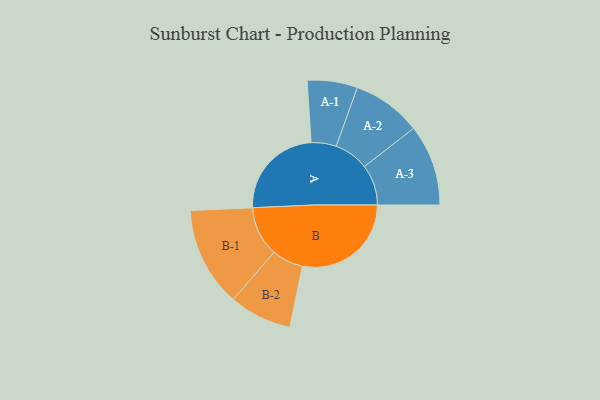
{"axis": {"x": "Segment", "y": "Value"}, "legend": ["", "A", "B"], "data": [{"x": "A", "y": 399, "type": ""}, {"x": "B", "y": 456, "type": ""}, {"x": "A-1", "y": 105, "type": "A"}, {"x": "A-2", "y": 145, "type": "A"}, {"x": "A-3", "y": 170, "type": "A"}, {"x": "B-1", "y": 209, "type": "B"}, {"x": "B-2", "y": 131, "type": "B"}]}